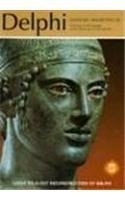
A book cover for Delphi (Archaeological Guides) (Ekdotike Athenon Travel Guides); Manolis Andronicos; Travel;